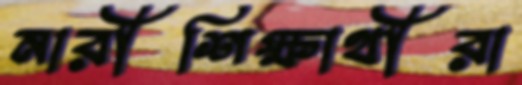
নারীশিক্ষার্থীরা